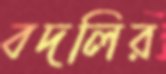
বদলির